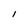
Character: 1